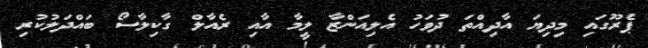
ޕެރޫގައި މިދިޔަ އާދިއްތަ ދުވަހު އެލިއަންޒާ ލީމާ އާއި ރެއާލް ގާކިލާސޯ ބައްދަލުކުރި